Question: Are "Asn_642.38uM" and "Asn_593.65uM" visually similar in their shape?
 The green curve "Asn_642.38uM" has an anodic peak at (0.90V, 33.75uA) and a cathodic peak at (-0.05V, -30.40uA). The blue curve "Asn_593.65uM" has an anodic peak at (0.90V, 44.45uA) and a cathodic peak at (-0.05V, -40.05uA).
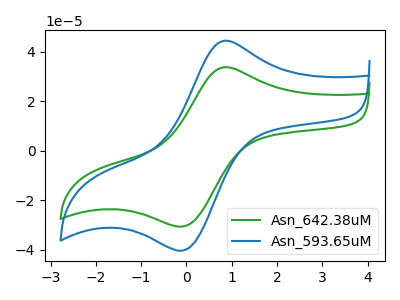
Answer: <think>All the peaks in "Asn_642.38uM" have a peak in "Asn_593.65uM" at the same potential. Every peak in "Asn_642.38uM" is lower than every peak in "Asn_593.65uM".
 </think>
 <answer>"Asn_642.38uM" and "Asn_593.65uM" are similar in shape.</answer>
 <eval>same_shape</eval>